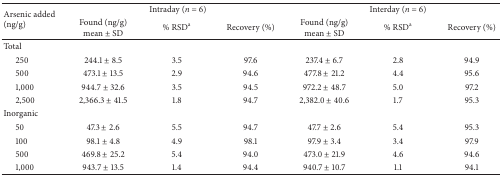
| <ROWSPAN=2> Arsenic added (ng/g) | <COLSPAN=3> Intraday (n = 6) | <COLSPAN=3> Interday (n = 6) |
 | Found (ng/g)mean ± SD | % RSDa | Recovery (%) | Found (ng/g)mean ± SD | % RSDa | Recovery (%) |
 | --- | --- | --- | --- | --- | --- | --- |
 | Total |  |  |  |  |  |  |
 | 250 | 244.1 ± 8.5 | 3.5 | 97.6 | 237.4 ± 6.7 | 2.8 | 94.9 |
 | 500 | 473.1 ± 13.5 | 2.9 | 94.6 | 477.8 ± 21.2 | 4.4 | 95.6 |
 | 1,000 | 944.7 ± 32.6 | 3.5 | 94.5 | 972.2 ± 48.7 | 5.0 | 97.2 |
 | 2,500 | 2,366.3 ± 41.5 | 1.8 | 94.7 | 2,382.0 ± 40.6 | 1.7 | 95.3 |
 | Inorganic |  |  |  |  |  |  |
 | 50 | 47.3 ± 2.6 | 5.5 | 94.7 | 47.7 ± 2.6 | 5.4 | 95.3 |
 | 100 | 98.1 ± 4.8 | 4.9 | 98.1 | 97.9 ± 3.4 | 3.4 | 97.9 |
 | 500 | 469.8 ± 25.2 | 5.4 | 94.0 | 473.0 ± 21.9 | 4.6 | 94.6 |
 | 1,000 | 943.7 ± 13.5 | 1.4 | 94.4 | 940.7 ± 10.7 | 1.1 | 94.1 |